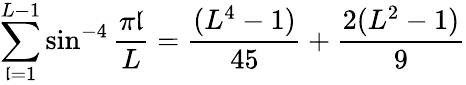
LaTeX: \sum_{\mathfrak{l}=1}^{L-1}\sin^{-4}{\frac{{\pi\mathfrak{l}}}{{L}}}={\frac{{(L^{4}-1)}}{{45}}}+{\frac{{2(L^{2}-1)}}{{9}}}